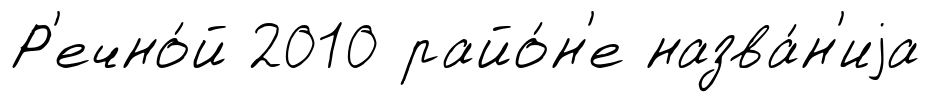
Р'ечно́й 2010 райо́н'е назва́н'иjа